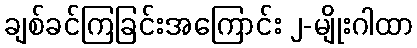
ချစ်ခင်ကြခြင်းအကြောင်း ၂-မျိုးဂါထာ